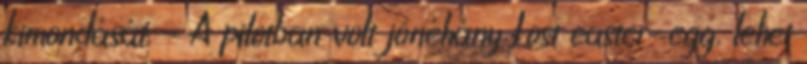
kimondását. – A pilotban volt jónéhány Lost easter-egg, lehet